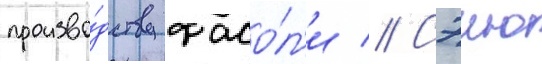
произво́дству фасо́л'и // Сэию